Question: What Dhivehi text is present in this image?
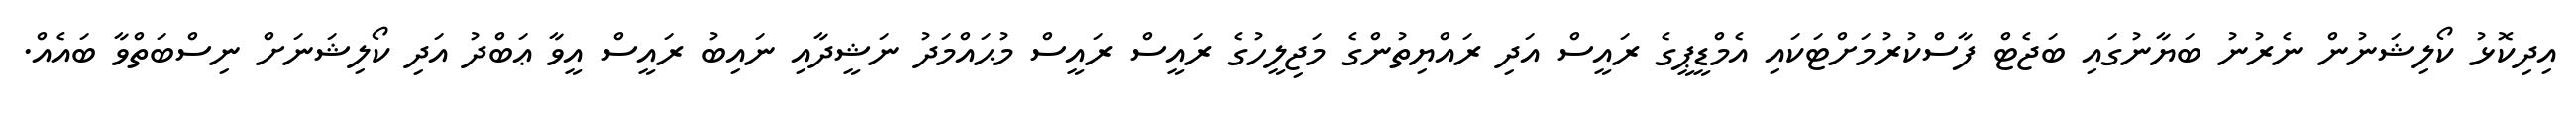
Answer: އިދިކޮޅު ކޯލިޝަނުން ނެރުނު ބަޔާނުގައި ބަޖެޓް ފާސްކުރުމަށްޓަކައި އެމްޑީޕީގެ ރައީސް އަދި ރައްޔިތުންގެ މަޖިލީހުގެ ރައީސް ރައީސް މުޙައްމަދު ނަޝީދާއި ނައިބު ރައީސް އީވާ ޢަބްދު އަދި ކޯލިޝަނަށް ނިސްބަތްވާ ބައެއް.